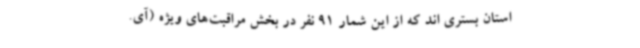
استان بستری اند که از این شمار 91 نفر در بخش مراقبت‌های ویژه (آی.